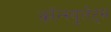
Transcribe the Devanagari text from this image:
कॉन्स्युलेट्स